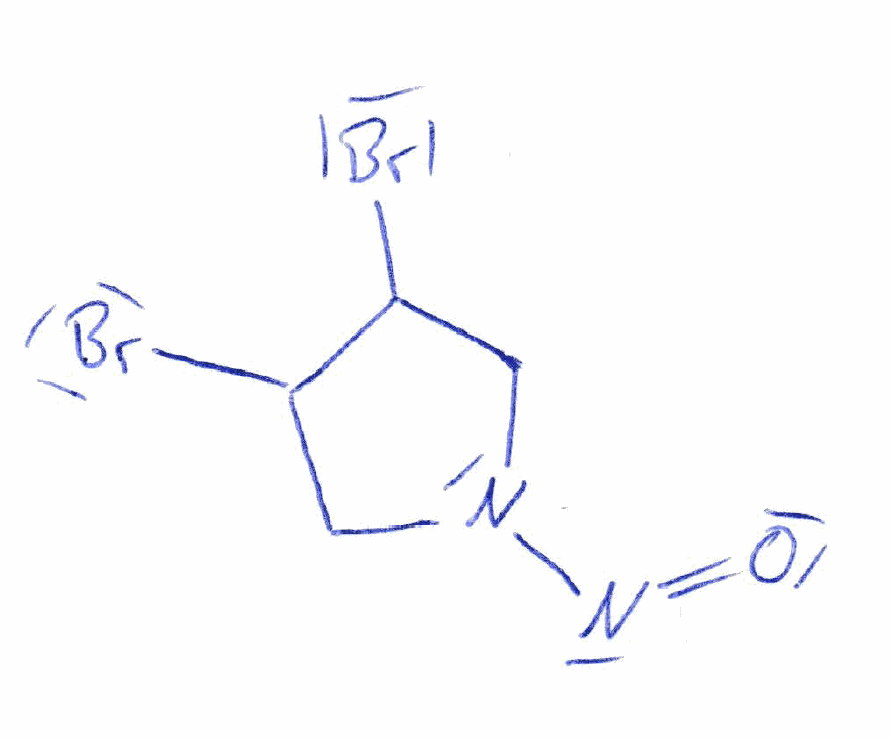
Simplified molecular-input line-entry system (SMILES) notation of the given molecule:
C1C(C(CN1N=O)Br)Br